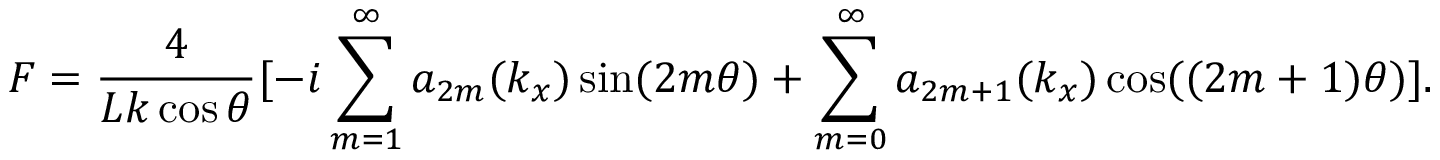
F = \frac { 4 } { L k \cos \theta } [ - i \sum _ { m = 1 } ^ { \infty } a _ { 2 m } ( k _ { x } ) \sin ( 2 m \theta ) + \sum _ { m = 0 } ^ { \infty } a _ { 2 m + 1 } ( k _ { x } ) \cos ( ( 2 m + 1 ) \theta ) ] .